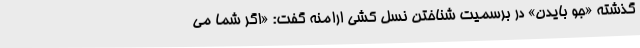
گذشته «جو بایدن» در برسمیت شناختن نسل کشی ارامنه گفت: «اگر شما می